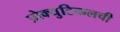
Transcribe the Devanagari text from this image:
प्रोक्युटिकलची